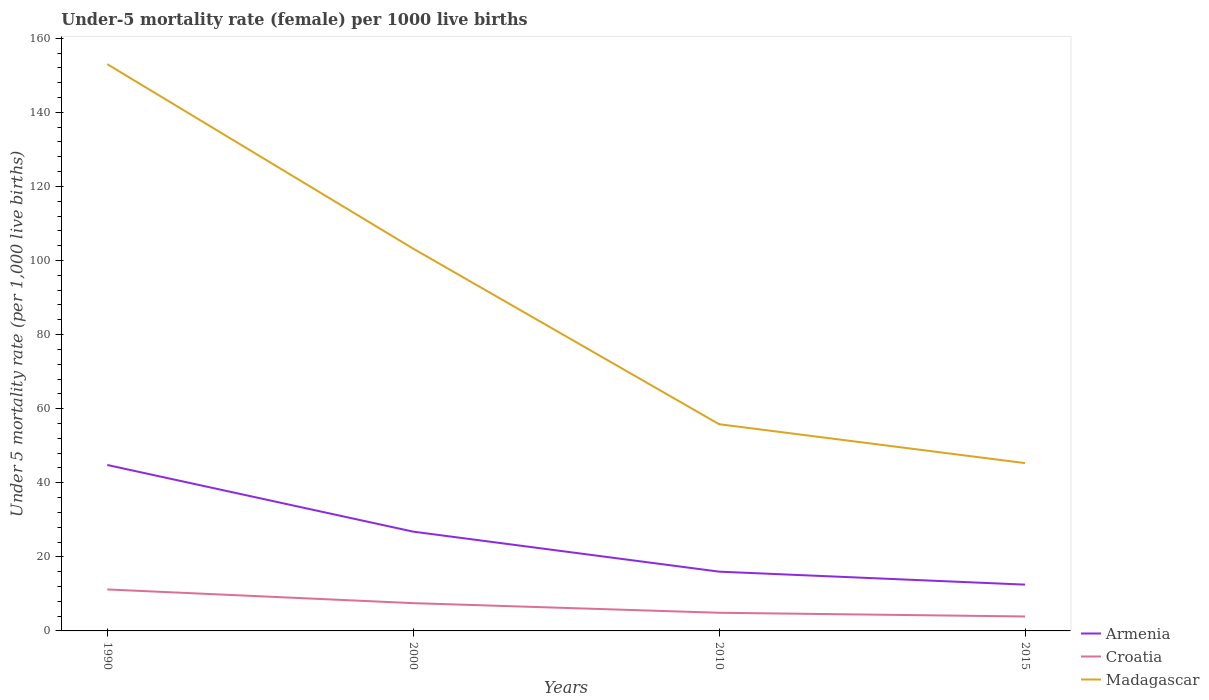
| Years | Armenia | Croatia | Madagascar |
 | --- | --- | --- | --- |
 | 1990 | 44.8 | 11.2 | 153 |
 | 2000 | 26.8 | 7.5 | 103 |
 | 2010 | 16 | 4.9 | 55.8 |
 | 2015 | 12.5 | 3.9 | 45.3 |